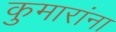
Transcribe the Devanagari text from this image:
कुमारांना